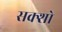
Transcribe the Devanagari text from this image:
सक्शो